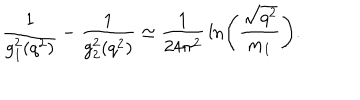
{ \frac { 1 } { g _ { 1 } ^ { 2 } ( q ^ { 2 } ) } } - { \frac { 1 } { g _ { 2 } ^ { 2 } ( q ^ { 2 } ) } } \simeq { \frac { 1 } { 2 4 \pi ^ { 2 } } } \ln \left( { \frac { \sqrt { q ^ { 2 } } } { m _ { 1 } } } \right) .